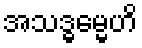
အသဒ္ဓမ္မေဟိ